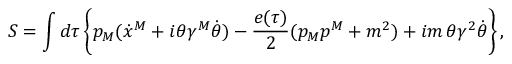
S = \int d \tau \left\{ p _ { M } ( \dot { x } ^ { M } + i \theta \gamma ^ { M } \dot { \theta } ) - { \frac { e ( \tau ) } { 2 } } ( p _ { M } p ^ { M } + m ^ { 2 } ) + i m \, \theta \gamma ^ { 2 } \dot { \theta } \right\} ,